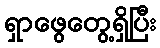
ရှာဖွေတွေ့ရှိပြီး